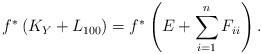
LaTeX: \begin{align*} f^{*}\left( K_Y + L_{100}\right) = f^{*}\left( E + \sum\limits_{i=1}^{n}{F_{ii}}\right). \end{align*}